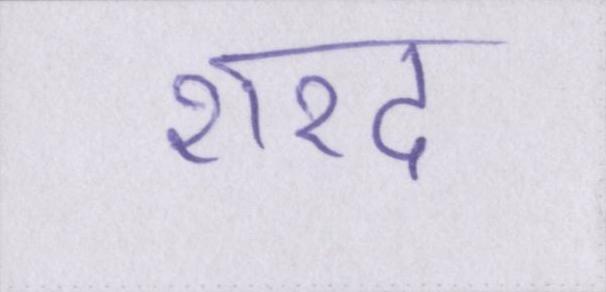
शरद